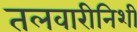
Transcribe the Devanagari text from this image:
तलवारीनिशी